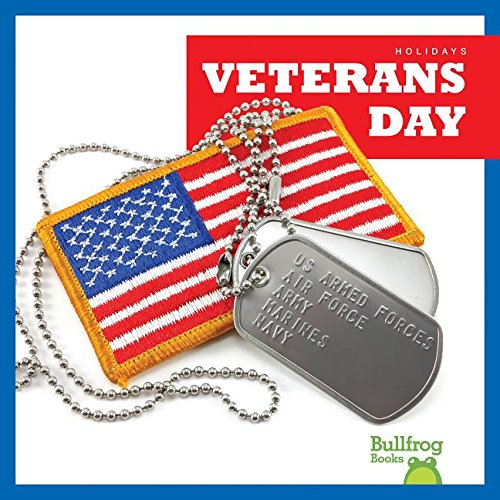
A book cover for Veterans Day (Bullfrog Books: Holidays); Rebecca Pettiford; Politics & Social Sciences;